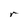
Character: r